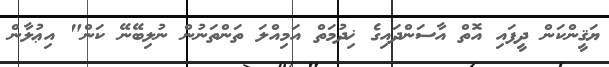
ޔަޤީންކަން ދީފައި އޮތް އާސަންދައިގެ ޚިދުމަތް އަމިއްލަ ތަންތަނުން ނުލިބޭނޭ ކަން" އިޢުލާން